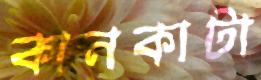
কানকাটা